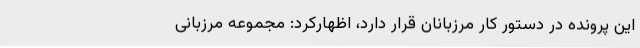
این پرونده در دستور کار مرزبانان قرار دارد، اظهارکرد: مجموعه مرزبانی